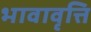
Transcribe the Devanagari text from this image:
भावावृत्ति